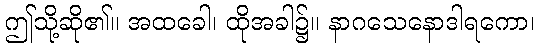
ဤသို့ဆို၏။ အထခေါ၊ ထိုအခါ၌။ နာဂသေနောဒါရကော၊